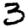
Digit: 3